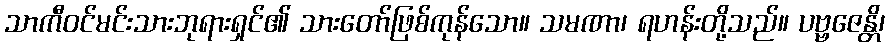
သာကီဝင်မင်းသားဘုရားရှင်၏ သားတော်ဖြစ်ကုန်သော။ သမဏာ၊ ရဟန်းတို့သည်။ ပဗ္ဗဇေန္တိ၊